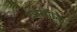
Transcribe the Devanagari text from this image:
उत्तरगीता